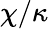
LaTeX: \chi/\kappa